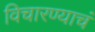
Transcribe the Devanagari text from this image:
विचारण्याचं